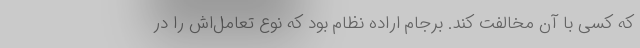
که کسی با آن مخالفت کند. برجام اراده نظام بود که نوع تعامل‌اش را در